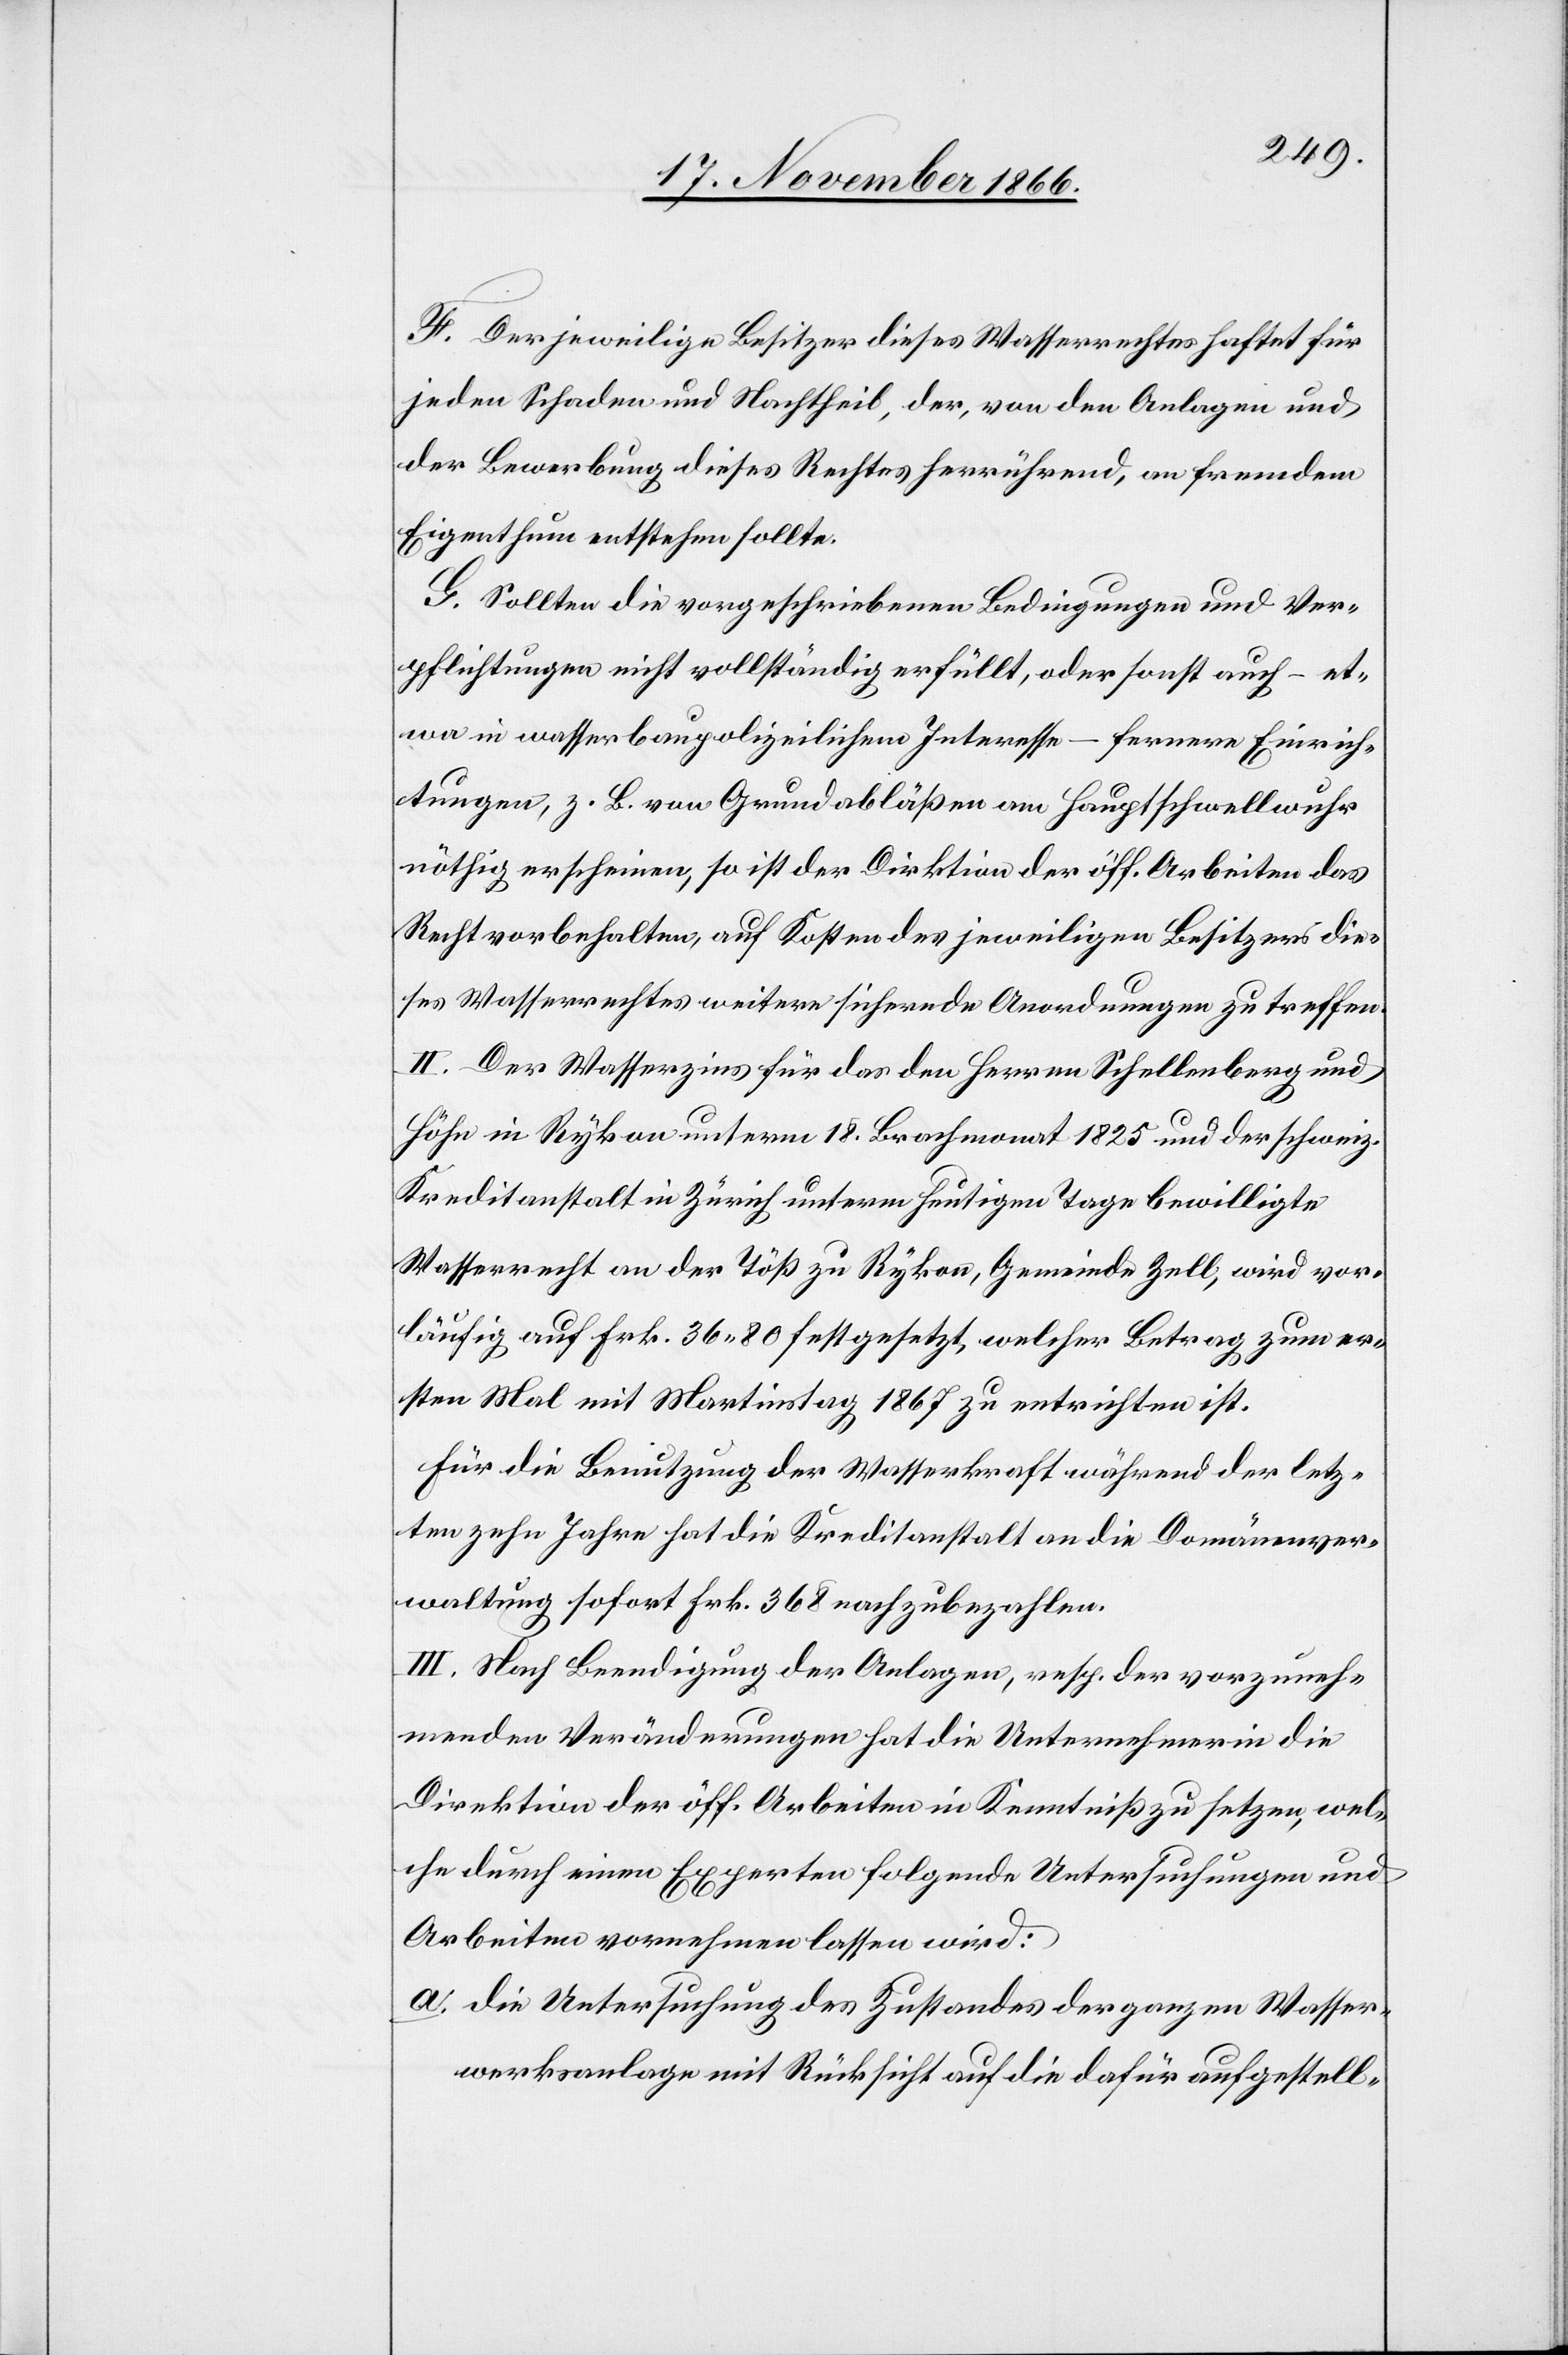
F. Der jeweilige Besitzer dieses Wasserrechtes haftet für
jeden Schaden und Nachtheil, der, von den Anlagen und
der Bewerbung dieses Rechtes herrührend, an fremdem
Eigenthum entstehen sollte.
G. Sollten die vorgeschriebenen Bedingungen und Ver¬
pflichtungen nicht vollständig erfüllt, oder sonst auch – et¬
wa in wasserbaupolizeilichem Interesse – fernere Einrich¬
tungen, z. B. von Grundabläßen am Hauptschwellwuhr
nöthig erscheinen, so ist der Direktion der öff. Arbeiten das
Recht vorbehalten, auf Kosten des jeweiligen Besitzers die¬
ses Wasserrechtes weitere sichernde Anordnungen zu treffen.
II. Der Wasserzins für das den Herren Schellenberg und
Höhn in Rykon unterm 18. Brachmonat 1825 und der schweiz.
Kreditanstalt in Zürich unterm heutigen Tage bewilligte
Wasserrecht an der Töß zu Rykon, Gemeinde Zell, wird vor¬
läufig auf Frk. 36.80 festgesetzt, welcher Betrag zum er¬
sten Mal mit Martinstag 1867 zu entrichten ist.
Für die Benutzung der Wasserkraft während der letz¬
ten zehn Jahre hat die Kreditanstalt an die Domänenver¬
waltung sofort Frk. 368 nachzubezahlen.
III. Nach Beendigung der Anlagen, resp. der vorzuneh¬
menden Veränderungen hat die Unternehmerin die
Direktion der öff. Arbeiten in Kenntniß zu setzen, wel¬
che durch einen Experten folgende Untersuchungen und
Arbeiten vornehmen lassen wird:
a. die Untersuchung des Zustandes der ganzen Wasser¬
werksanlage mit Rücksicht auf die dafür aufgestell-